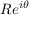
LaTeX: R e ^ { i \theta }